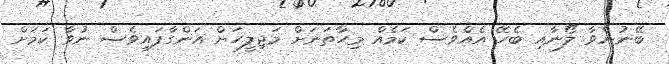
ބޭނުންވާ ލޯނާއި ބެހޭ އެއްވެސް ކަމެއް މިހާތަނަށް މަޖިލީހަށް އަންގާފައިވެސް ނުވާ ކަމަށް